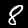
Digit: 8